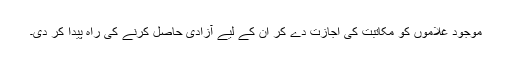
موجود غلاموں کو مکاتبت کی اجازت دے کر ان کے لیے آزادی حاصل کرنے کی راہ پیدا کر دی۔